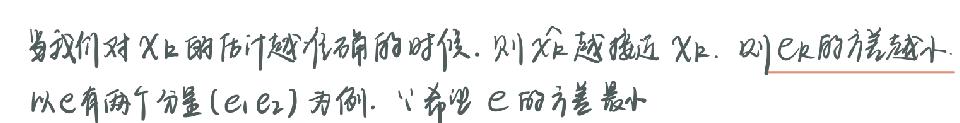
当我们对$X_{k}$的估计越准确的时候，则$\hat{X}_{k}$越接近$X_{k}$，则$e_{k}$的方差越小。以$e$有两个分量$(e_{1} e_{2})$为例，希望$e$的方差最小。